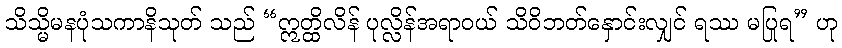
သိသ္မိမနပုံသကာနိသုတ် သည် “ဣတ္ထိလိန် ပုလ္လိန်အရာဝယ် သိဝိဘတ်နှောင်းလျှင် ရဿ မပြုရ” ဟု